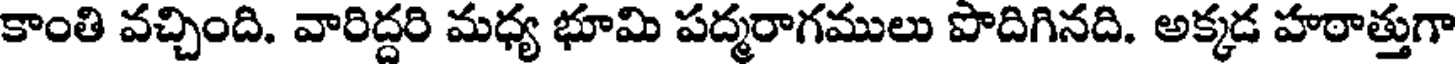
కాంతి వచ్చింది. వారిద్దరి మధ్య భూమి పద్మరాగములు పొదిగినది. అక్కడ హరాత్తుగా